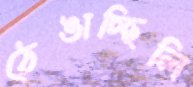
ঠেঙাচ্ছিলি